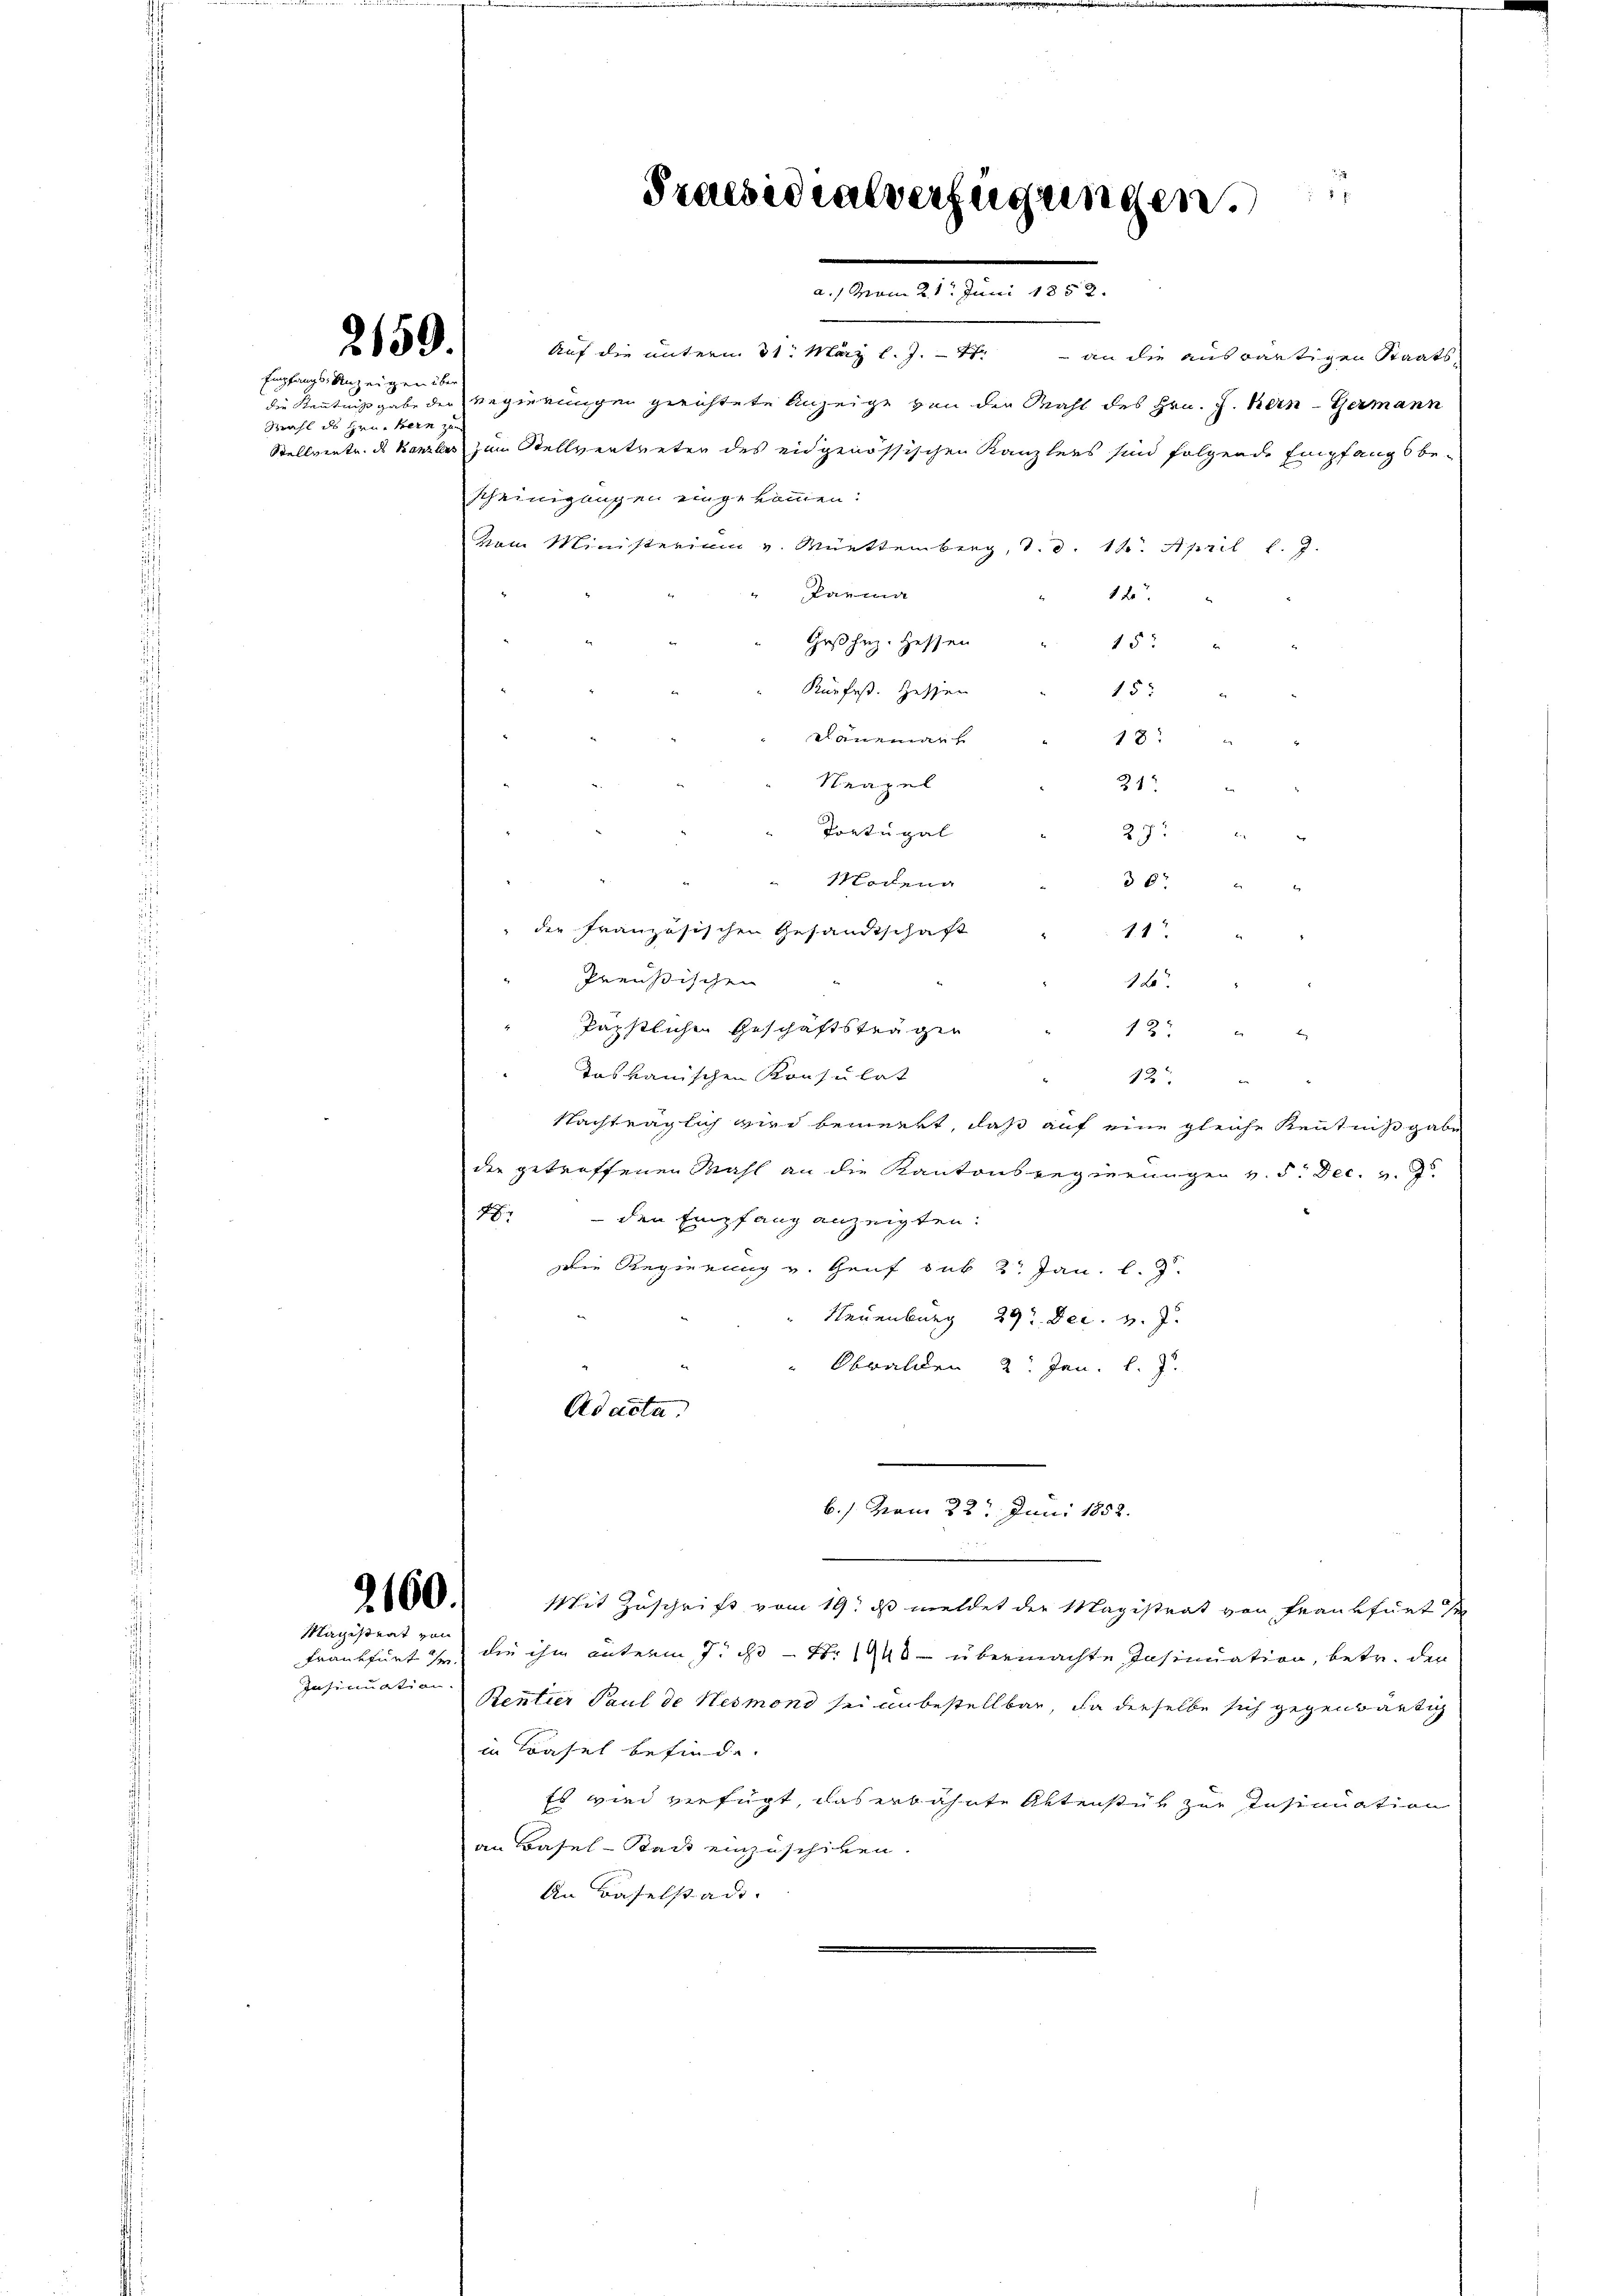
2150.

Empfangs Anzeigen über
Wahl des Gruekern zum

2160.
Magistrat von

Insinuation.

Auf die unterm 31. März l. J.
 an die auswärtigen Staats-
die Kenntnißgabe der Regierungen gerichtete Anzeige von der Mahl des Hrn. J. Bern Germann
Stellvertr. des Kanzlers zum Stellvertreter des eidgenössischen Kanzlers sind folgende Empfangsbe-
scheinigungen eingekommen.
Vom Ministerium v. Württemberg, d. d. 18. April l. 9.
" Parma
12.
Grßhez. Hessen
157
Kürfes. Hessen
15 "
Raneman
18
Neapel
211
Portugal
22
Modena
30r
die französischen Gesandtschaft
14.
Preußischen
12.
päpstlichen Geschäftsträgen
127
B
dasvauischen Konsulat
2
Nachträglich wird bemerkt, daß auf eine gleiche Kenntnißgabe
die getroffenen Mahl an die Kantonsregierungen v. 5. Dec. v. J.
48. - den Empfang anzeigten:
Die Regierung v. Genf sub 2 Jan. l.
Neuenburg 29. Dec. v. J.
" Obwalden 2 Jan. l. J.
Ad acta.

25
Praesidialverfügungen.
a./ vom 21. Juni 1852.

b./ vom 22. Juni 1852.

Mit Zuschrift vom 19. ds meldet der Magistrat von Frankfurt se
Frankfurt ihr die ihm unterm 7. - Nr. 1940 übermachte Insinuation, betr. den
Rentier Paul de Nesmond sei unbestellbar, da derselbe sich gegenwärtig
in Trasel befinde.
Es wird verfügt, das erbahnte Aktenstük zur Insinuation
an Basel-Stack einzuschiken.
An Baselstadt.